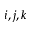
i , j , k